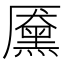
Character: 黡